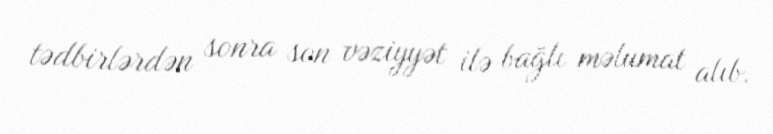
tədbirlərdən sonra son vəziyyət ilə bağlı məlumat alıb.